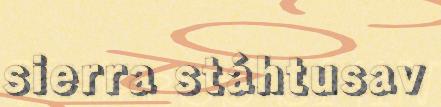
sierra stáhtusav